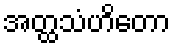
အတ္ထသံဟိတော